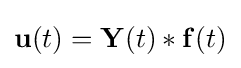
\mathbf {u} (t)=\mathbf {Y} (t)*\mathbf {f} (t)